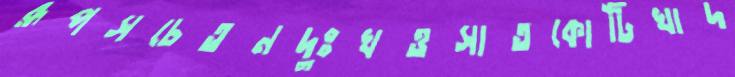
রূপসচেতনদুঃখওসাতকোটিখাদ